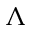
\Lambda